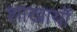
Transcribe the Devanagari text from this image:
शाखायों